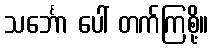
သင်္ဘော ပေါ် တက်ကြစို့။